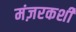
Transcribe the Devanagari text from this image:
मंज़रकशी